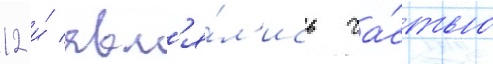
12 и́ явл'я́л'ись ча́стью